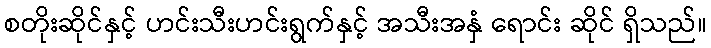
စတိုးဆိုင်နှင့် ဟင်းသီးဟင်းရွက်နှင့် အသီးအနှံ ရောင်း ဆိုင် ရှိသည်။